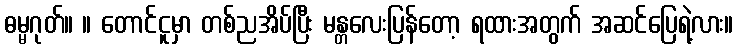
ဓမ္မဂုတ်။ ။ တောင်ငူမှာ တစ်ညအိပ်ပြီး မန္တလေးပြန်တော့ ရထားအတွက် အဆင်ပြေရဲ့လား။